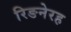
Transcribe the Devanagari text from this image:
रिङनेरह